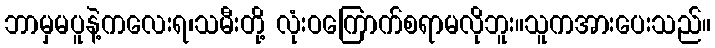
ဘာမှမပူနဲ့ကလေးရ၊သမီးတို့ လုံးဝကြောက်စရာမလိုဘူး။သူကအားပေးသည်။